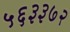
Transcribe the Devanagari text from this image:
५६३३७२